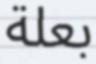
بعلة